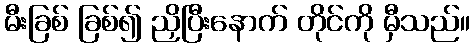
မီးခြစ် ခြစ်၍ ညှိပြီးနောက် တိုင်ကို မှီသည်။